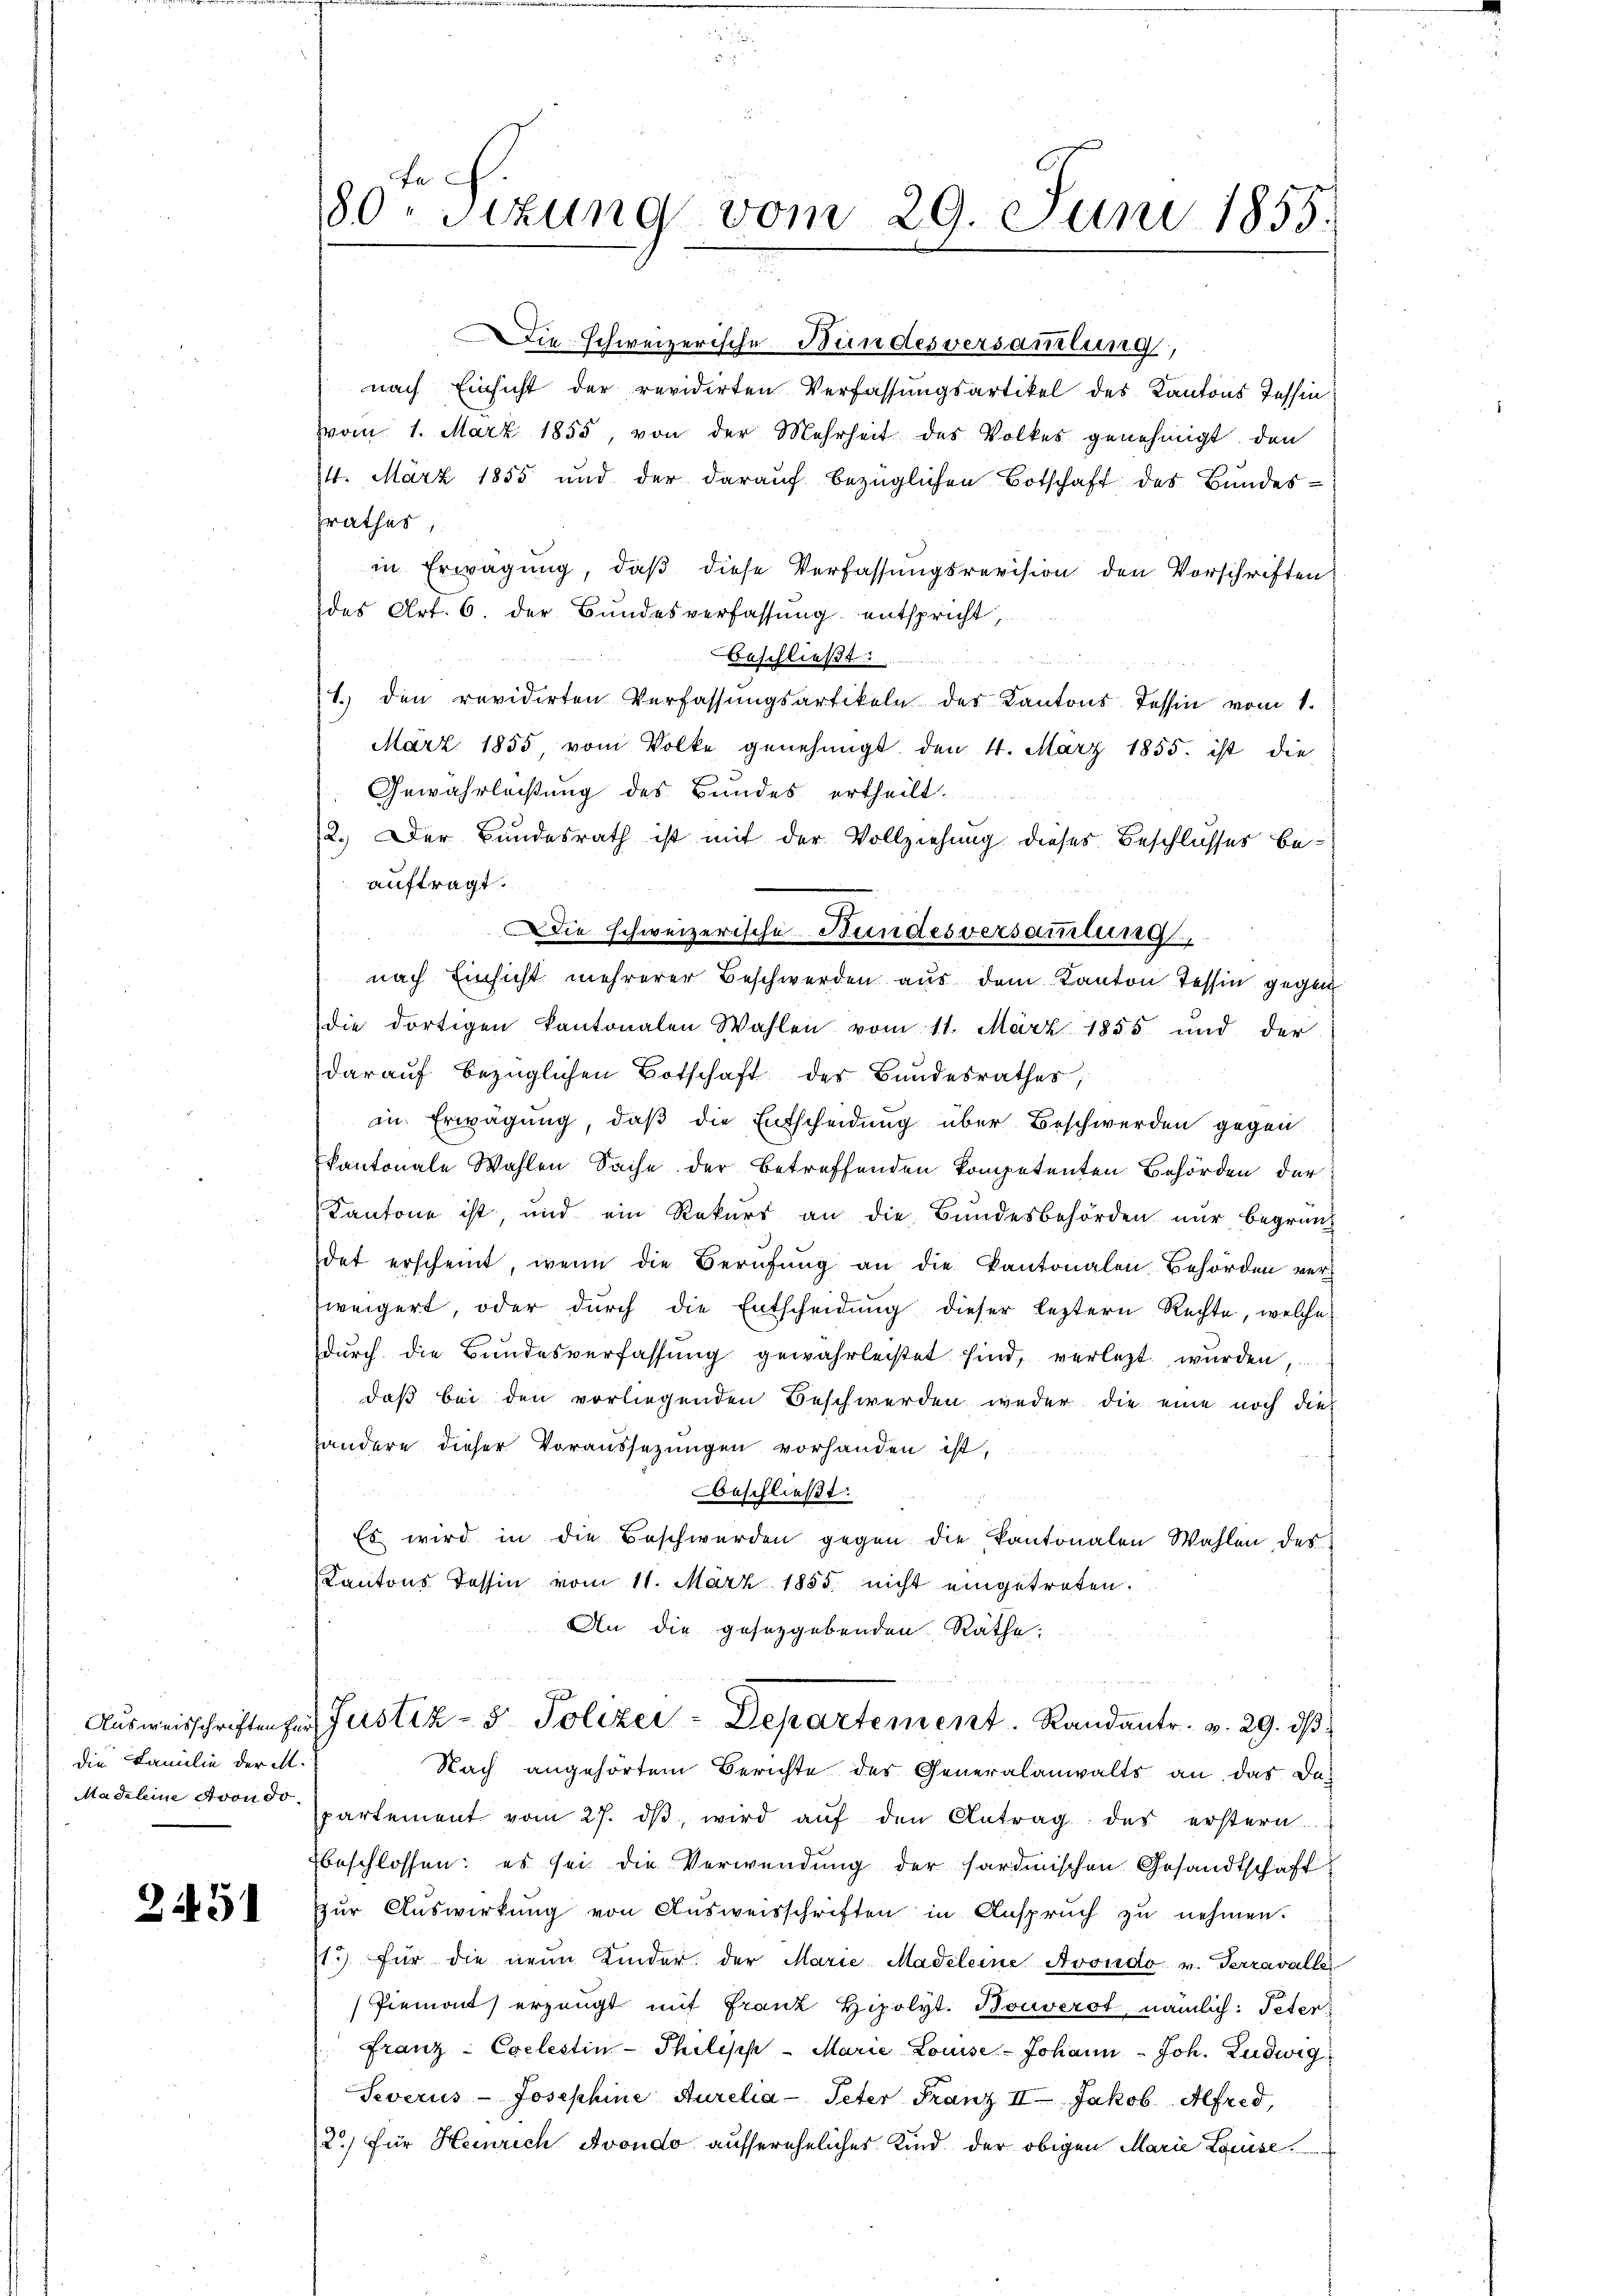
die Familie der M.
Madeleine Avon do

2451

180. Situng vom 29. Juni 1855.

Die Schweizerische Bundesversammlung,
nach Einsicht der revidirten Verfassungsartikel des Kantons Tessin
vom 1. März 1855, von der Mehrheit des Volkes genehmigt, den
14. März 1855 und der daraŭf bezüglichen Botschaft des Bundes-
zrathes,
in Erwägung, daß diese Verfassungsrevision den Vorschriften
des Art. 6. der Bundesverfassung entspricht,
Beschließt:
u
1. den revidirten Verfassŭngsartikeln der Kantons Tessin vom 1.
März 1855, vom Volke genehmigt. Den 4. März 1855. ist die
Gewährleistung des Bundes ertheilt.
2.) Der Bundesrath ist mit der Vollziehung dieses Beschlusses beauftragt.
Die schweizerische Stundesversammlung
nach Einsicht mehrerer Beschwerden aus dem Kanton Tessin gegen
die dortigen Kantonalen Wahlen vom 11. März 1855 und der
darauf bezüglichen Botschaft des Bundesrathes,
in Erwägung, daß die Entscheidung über Beschwerden gegen
kantonale Wahlen Sache der betreffenden kompetenten Behörden der
Kantone ist, und ein Rekurs an die Bundesbehörden nur begrenz
det erscheint, wenn die Berufung an die Kantonalen Behörden verweigert, oder durch die Entscheidung dieser leztern Rechte, welche
durch die Bundesverfassŭng gewahrleistet sind, verletzt wurden,
daß bei den vorliegenden Beschwerden weder die eine noch dies
ändere dieser Voraussetzungen vorhanden ist,
Beschließt:
Es wird in die Beschwerden gegen die Kantonalen Wahlen des
Kantons Tessin vom 11. März 1855 nicht eingetreten.
An die gesetzgebenden Räthe.
Aŭsweisschriften zur Justiz- & Polizei-Departement. Randantr. v. 29. dβ
Nach angehörtem Berichte des Generalanwalts an das Dapartement vom 27. dβ wird aŭf den Antrag des erstern
beschlossen: es sei die Verwendung der Sardinischen Gesandtschaft
zŭr Aŭswirkŭng von Aŭsweisschriften in Ansprŭch zŭ nehmen.
1.) für die neun Kinder, der Marie Madeleine Avondo v. Terravalle
Piemont) erzeugt mit Franz Hipolyt. Bouverst, nämlich: Peter
Franz-Coelestin-Philisch - Marie Louise-Johann Joh. Ludwig
Severus-Josephine Aurelia-Peter Franz II Jakob. Alfred,
2.) Für Heinrich Avondo aussereheliches Kind der obigen Marie Louise.